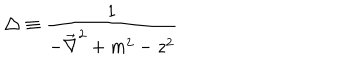
LaTeX: \triangle \equiv \frac { 1 } { - \vec { \nabla } ^ { 2 } + m ^ { 2 } - z ^ { 2 } }